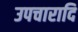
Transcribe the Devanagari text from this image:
उपचारादि